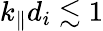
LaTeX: k_{\parallel}d_{i}\lesssim 1